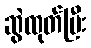
ဆွဲထုတ်ပြီး